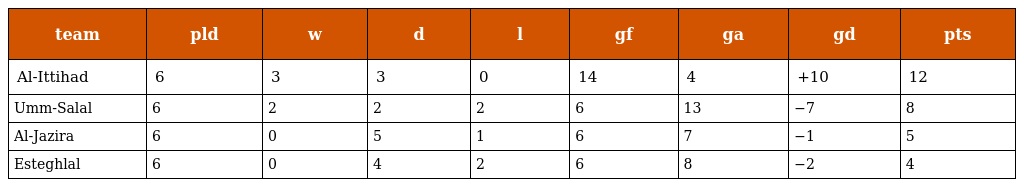
| team | pld | w | d | l | gf | ga | gd | pts |
 | --- | --- | --- | --- | --- | --- | --- | --- | --- |
 | Al-Ittihad | 6 | 3 | 3 | 0 | 14 | 4 | +10 | 12 |
 | Umm-Salal | 6 | 2 | 2 | 2 | 6 | 13 | −7 | 8 |
 | Al-Jazira | 6 | 0 | 5 | 1 | 6 | 7 | −1 | 5 |
 | Esteghlal | 6 | 0 | 4 | 2 | 6 | 8 | −2 | 4 |